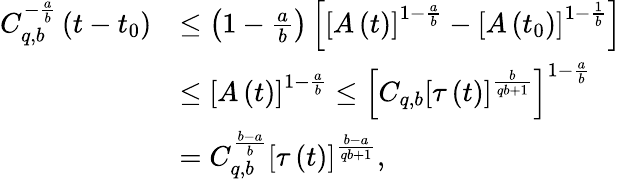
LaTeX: \begin{array}{rl}{C_{q,b}^{-\frac{a}{b}}\left(t-t_{0}\right)}&{\leq\left(1-\frac{a}{b}\right)\left[\left[A\left(t\right)\right]^{1-\frac{a}{b}}-\left[A\left(t_{0}\right)\right]^{1-\frac{1}{b}}\right]}\\ &{\leq\left[A\left(t\right)\right]^{1-\frac{a}{b}}\leq\left[C_{q,b}\left[\tau\left(t\right)\right]^{\frac{b}{qb+1}}\right]^{1-\frac{a}{b}}}\\ &{=C_{q,b}^{\frac{b-a}{b}}\left[\tau\left(t\right)\right]^{\frac{b-a}{qb+1}},}\end{array}